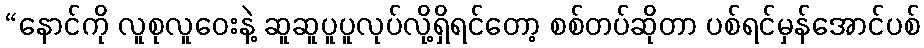
“နောင်ကို လူစုလူဝေးနဲ့ ဆူဆူပူပူလုပ်လို့ရှိရင်တော့ စစ်တပ်ဆိုတာ ပစ်ရင်မှန်အောင်ပစ်